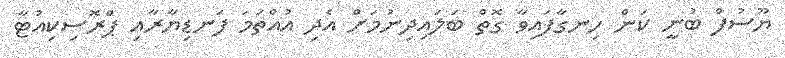
ޔޫސުފް ބުނީ ކަން ހިނގާފައިވާ ގޮތް ބަލައިދިނުމަށް އެދި އުއްތަމަ ފަނޑިޔާރާއި ޕްރޮސިކިއުޓާ